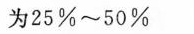
为25%~50%